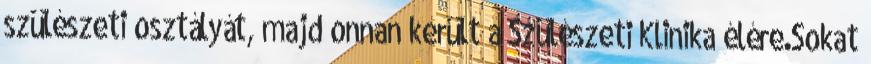
szülészeti osztályát, majd onnan került a Szülészeti Klinika élére.Sokat